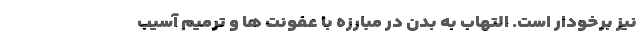
نیز برخودار است. التهاب به بدن در مبارزه با عفونت ها و ترمیم آسیب